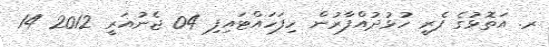
ރ. އަތޮޅުގެ ފެރީ ހުޅުދުއްފާރުން ހިފަހައްޓައިފި 04 ޖެނުއަރީ 2012 14